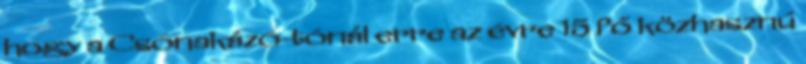
hogy a Csónakázó-tónál erre az évre 15 fő közhasznú